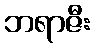
ဘရာဇီး